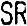
SR